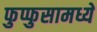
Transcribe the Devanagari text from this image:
फुप्फुसामध्ये